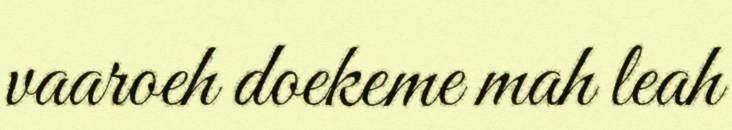
vaaroeh doekeme mah leah